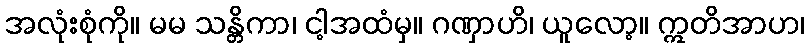
အလုံးစုံကို။ မမ သန္တိကာ၊ ငါ့အထံမှ။ ဂဏှာဟိ၊ ယူလော့။ ဣတိအာဟ၊